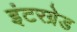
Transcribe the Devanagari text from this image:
इंटरग्रेड